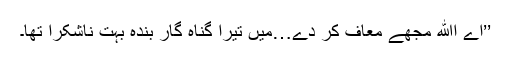
’’اے اﷲ مجھے معاف کر دے…میں تیرا گناہ گار بندہ بہت ناشکرا تھا۔